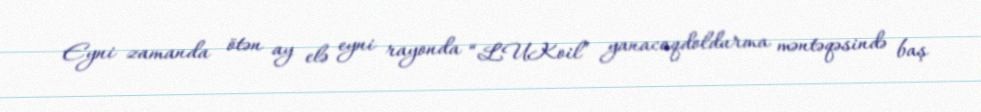
Eyni zamanda ötən ay elə eyni rayonda “LUKoil” yanacaqdoldurma məntəqəsində baş